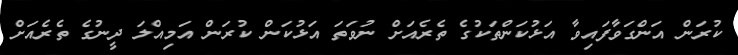
ކުރަން އަންގަވާފައިވާ އަޅުކަންތަކުގެ ތެރެއަށް ނުވަތަ އަޅުކަން ކުރަން އަމިއްލަ ދީނުގެ ތެރެއަށް